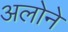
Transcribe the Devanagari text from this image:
अलोने